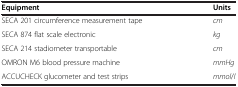
| Equipment | Units |
 | --- | --- |
 | SECA 201 circumference measurement tape | cm |
 | SECA 874 flat scale electronic | kg |
 | SECA 214 stadiometer transportable | cm |
 | OMRON M6 blood pressure machine | mmHg |
 | ACCUCHECK glucometer and test strips | mmol/l |